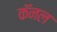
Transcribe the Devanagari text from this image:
कॅनल